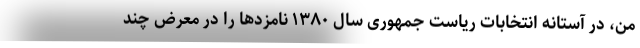
من، در آستانه انتخابات ریاست جمهوری سال ۱۳۸۰ نامزدها را در معرض چند